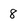
Character: 8